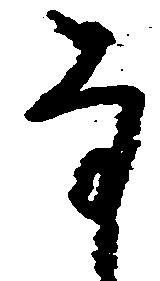
な